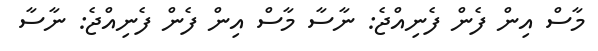
މާސް އިން ފެން ފެނިއްޖެ: ނާސާ މާސް އިން ފެން ފެނިއްޖެ: ނާސާ